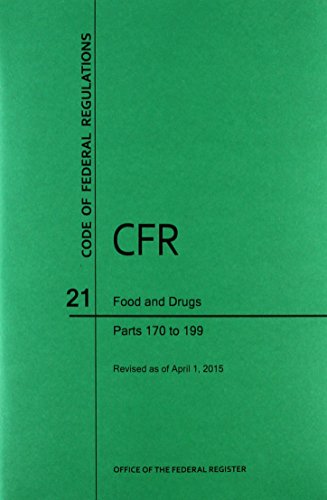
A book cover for Code of Federal Regulations Title 21, Food and Drugs, Parts 170-199, 2015; Law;